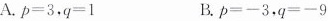
A.p=3，q=1 B.p=-3.q=-9